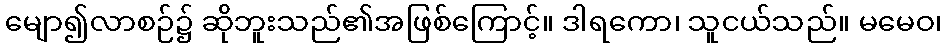
မျော၍လာစဉ်၌ ဆိုဘူးသည်၏အဖြစ်ကြောင့်။ ဒါရကော၊ သူငယ်သည်။ မမေဝ၊